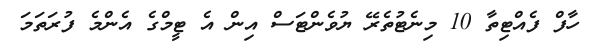
ހާފް ފެއްޓިތާ 10 މިނެޓުތެރޭ ޔުވެންޓަސް އިން އެ ޓީމްގެ އެންމެ ފުރަތަމަ